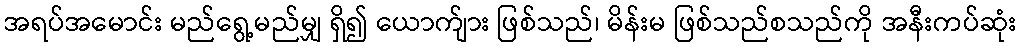
အရပ်အမောင်း မည်ရွေ့မည်မျှ ရှိ၍ ယောက်ျား ဖြစ်သည်၊ မိန်းမ ဖြစ်သည်စသည်ကို အနီးကပ်ဆုံး